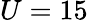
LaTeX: U=15